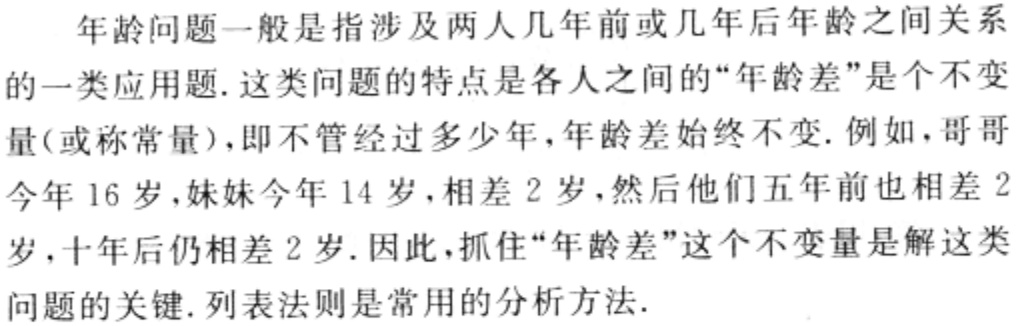
年龄问题一般是指涉及两人几年前或几年后年龄之间关系的一类应用题.这类问题的特点是各人之间的“年龄差”是个不变量(或称常量)，即不管经过多少年，年龄差始终不变. 例如，哥哥今年 16 岁，妹妹今年 14 岁，相差 2 岁，然后他们五年前也相差 2 岁，十年后仍相差 2 岁. 因此，抓住“年龄差”这个不变量是解这类问题的关键. 列表法则是常用的分析方法.